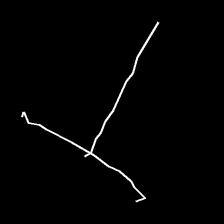
Glyph: column